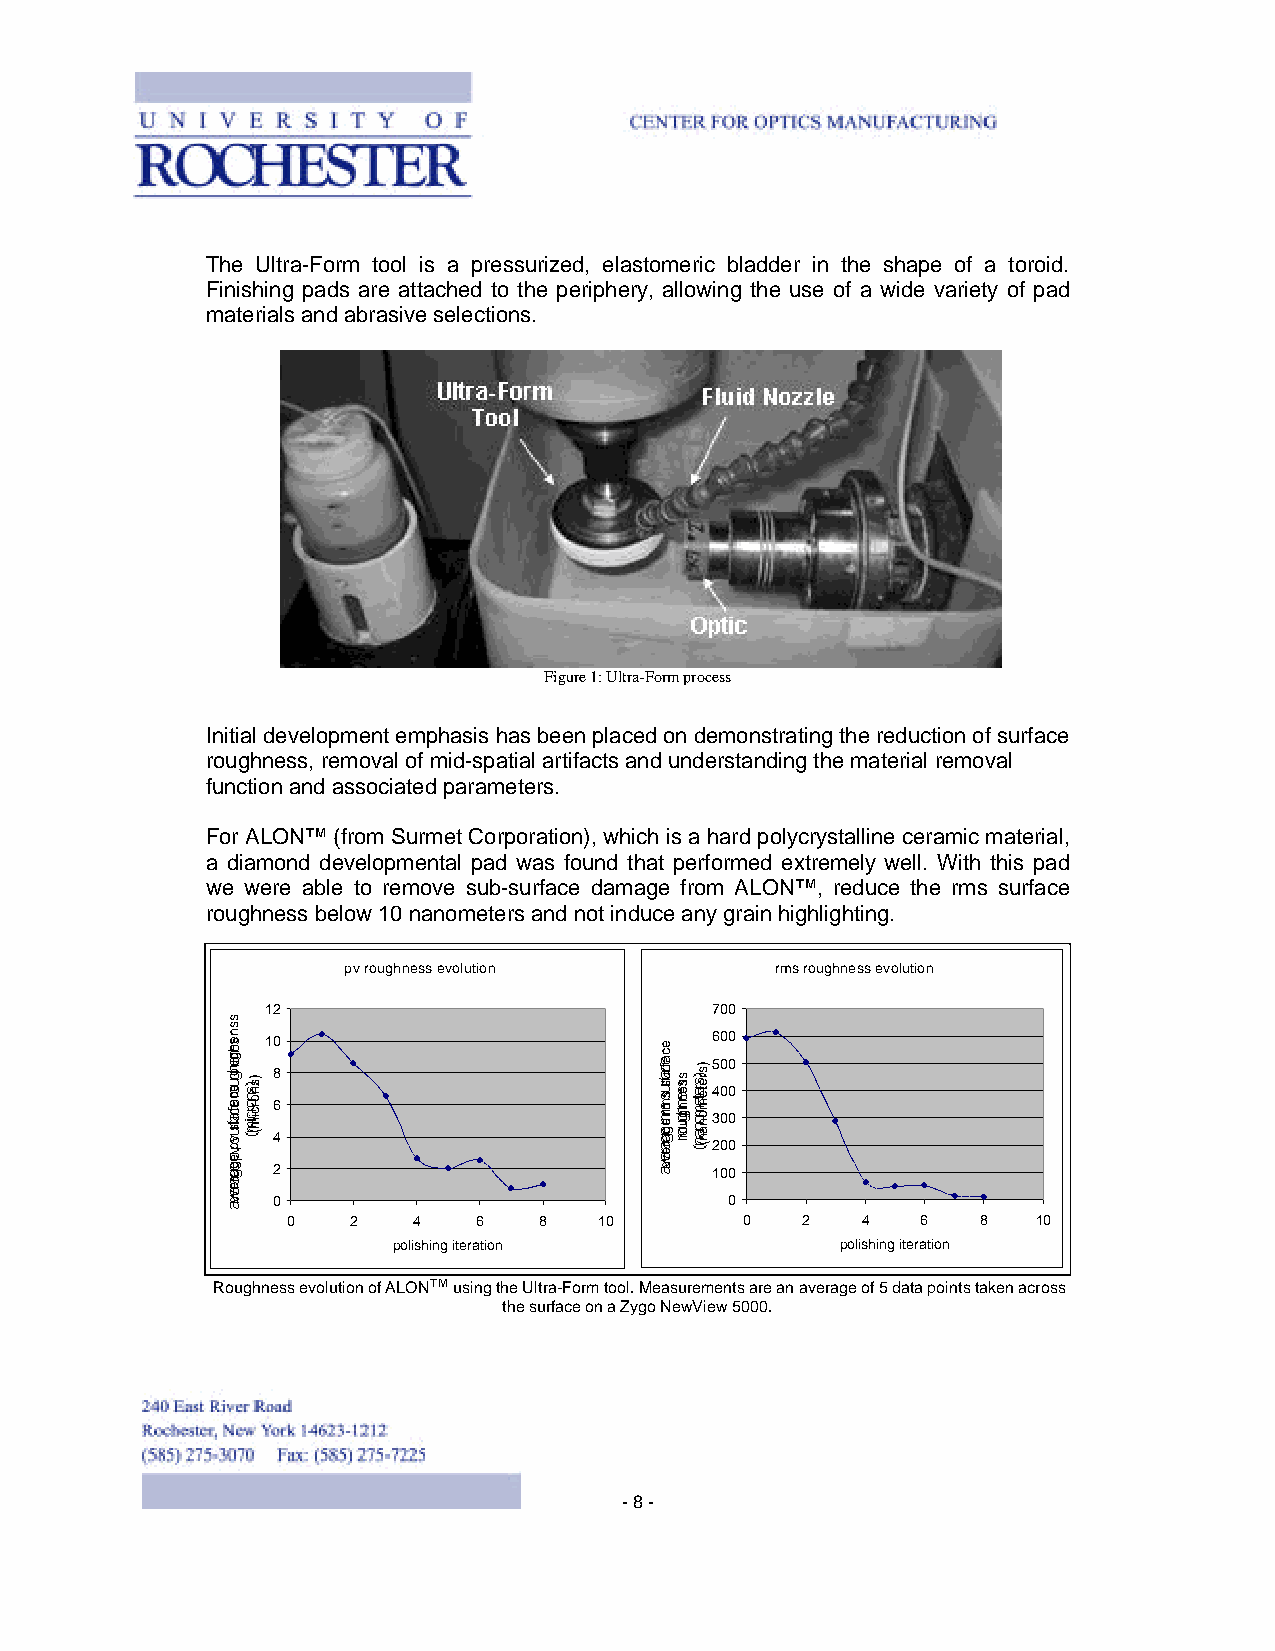
The Ultra-Form tool is a pressurized, elastomeric bladder in the shape of a toroid.
 Finishing pads are attached to the periphery, allowing the use of a wide variety of pad
 materials and abrasive selections.
 Figure 1: Ultra-Form process
 Initial development emphasis has been placed on demonstrating the reduction of surface
 roughness, removal of mid-spatial artifacts and understanding the material removal
 function and associated parameters.
 For ALON™ (from Surmet Corporation), which is a hard polycrystalline ceramic material,
 a diamond developmental pad was found that performed extremely well. With this pad
 we were able to remove sub-surface damage from ALON™, reduce the rms surface
 roughness below 10 nanometers and not induce any grain highlighting.
 pv roughness evolution      rms roughness evolution
 12                           700
 10                           600
 500 8
 400
 6
 300
 4                            200
 2                            100
 0                             0
 0   2   4    6   8   10       0   2   4   6   8   10
 polishing iteration           polishing iteration
 Roughness evolution of ALON™ using the Ultra-Form tool. Measurements are an average of 5 data points taken across
 the surface on a Zygo NewView 5000.
 - 8 -
 ssnehguor
 ecafrus
 vp
 egareva
 )snorcim(
 ecafrus
 smr
 egareva
 ssenhguor )sretemonan(